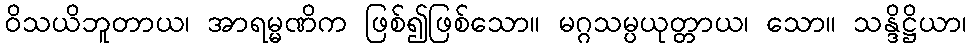
ဝိသယိဘူတာယ၊ အာရမ္မဏိက ဖြစ်၍ဖြစ်သော။ မဂ္ဂသမ္ပယုတ္တာယ၊ သော။ သန္ဒိဋ္ဌိယာ၊